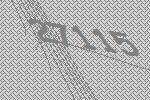
27115